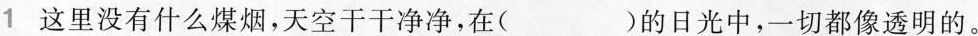
1这里没有什么煤烟，天空干干净净，在( )的日光中，一切都像透明的。